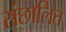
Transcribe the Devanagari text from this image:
संछालित